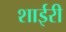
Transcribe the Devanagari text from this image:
शाईरी